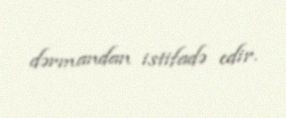
dərmandan istifadə edir.